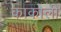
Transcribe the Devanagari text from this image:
काकोली